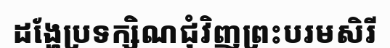
ដង្ហែប្រទក្សិណជុំវិញព្រះបរមសិរី